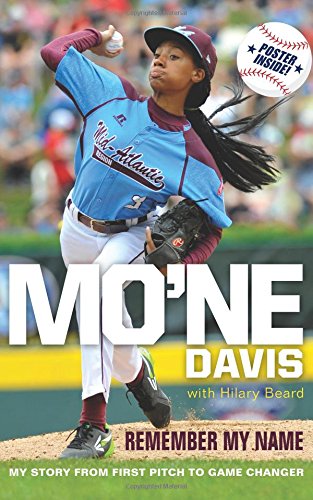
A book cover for Mo'ne Davis: Remember My Name: My Story from First Pitch to Game Changer; Mo'ne Davis; Children's Books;